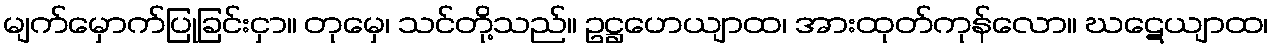
မျက်မှောက်ပြုခြင်းငှာ။ တုမှေ၊ သင်တို့သည်။ ဥဋ္ဌဟေယျာထ၊ အားထုတ်ကုန်လော။ ဃဋေယျာထ၊